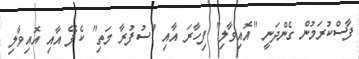
ފާސްކުރަމުން ގެންދަނީ "އޮއިވާލި" ފިހާރަ އާއި "ސުފުރާ މަތި" ކެފޭ އާއި އޮއިވާލި